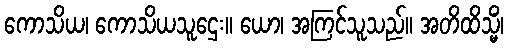
ကောသိယ၊ ကောသိယသူဌေး။ ယော၊ အကြင်သူသည်။ အတိထိသ္မိံ၊